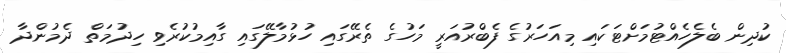
ކުދިން ބެލެހެއްޓުމަށްޓަކައި މިއަހަރުގެ ފެބްރުއަރީ މަހުގެ ތެރޭގައި ހުޅުމާލޭގައި ގާއިމުކުރެވި ހިދުމަތް ދެމުންދާ